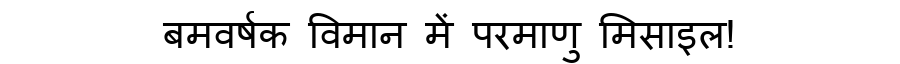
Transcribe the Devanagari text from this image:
बमवर्षक विमान में परमाणु मिसाइल!